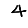
Digit: 4